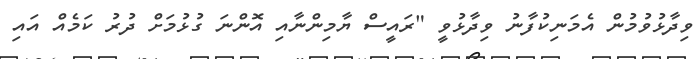
ވިދާޅުވުމުން އެމަނިކުފާނު ވިދާޅުވީ "ރައީސް ޔާމިންނާއި އޮންނަ ގުޅުމަށް ދުރު ކަމެއް އައި